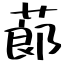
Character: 蓈